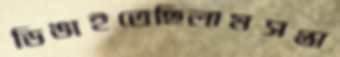
ডিঙাইতেছিলামসপ্তা